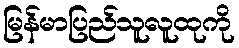
မြန်မာပြည်သူလူထုကို